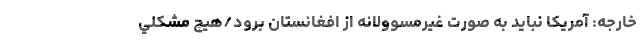
خارجه: آمریکا نبايد به صورت غيرمسوولانه از افغانستان برود/هيچ مشكلي